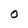
Character: O